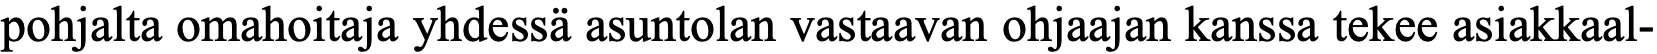
pohjalta omahoitaja yhdessä asuntolan vastaavan ohjaajan kanssa tekee asiakkaal-